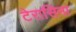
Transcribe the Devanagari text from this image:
टेरासिना